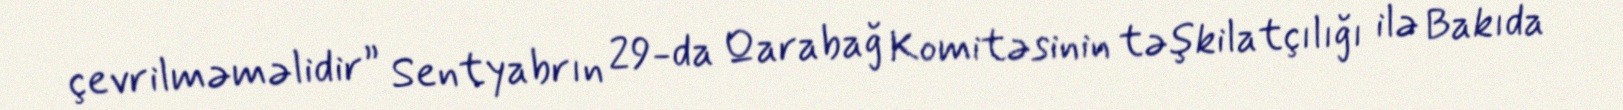
çevrilməməlidir” Sentyabrın 29-da Qarabağ Komitəsinin təşkilatçılığı ilə Bakıda